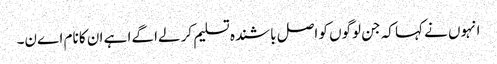
انہوں نے کہا کہ جن لوگوں کو اصل باشندہ تسلیم کر لےا گےا ہے ان کا نام اےن۔